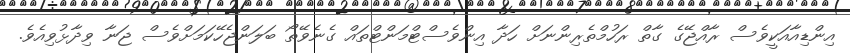
އިންޑިއާއަކީވެސް ރާއްޖޭގެ ގާތް ރަހުމްތެރިންނަށް ހަދާ އިންވެސްޓްމަންޓްތައް ގެނެވޭތޯ ބަލަންޖެހޭކަމަށްވެސް ޖަނާ ވިދާޅުވިއެވެ.